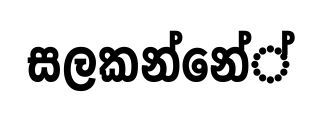
සලකන්නේ්